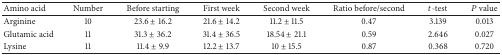
| Amino acid | Number | Before starting | First week | Second week | Ratio before/second | t-test | P value |
 | --- | --- | --- | --- | --- | --- | --- | --- |
 | Arginine | 10 | 23.6 ± 16.2 | 21.6 ± 14.2 | 11.2 ± 11.5 | 0.47 | 3.139 | 0.013 |
 | Glutamic acid | 11 | 31.3 ± 36.2 | 31.4 ± 36.5 | 18.54 ± 21.1 | 0.59 | 2.646 | 0.027 |
 | Lysine | 11 | 11.4 ± 9.9 | 12.2 ± 13.7 | 10 ± 15.5 | 0.87 | 0.368 | 0.720 |